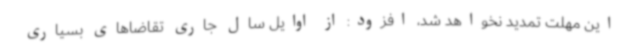
این مهلت تمدید نخواهد شد، افزود: از اوایل سال جاری تقاضاهای بسیاری